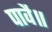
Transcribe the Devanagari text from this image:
पावै॥